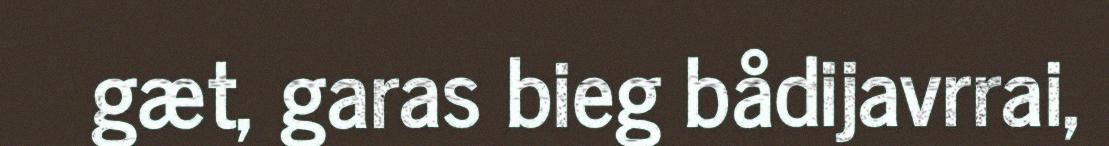
gæt, garas bieg bådijavrrai,